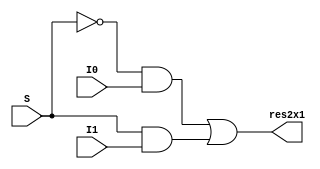
module _2x1mux(res2x1, I1, I0, S);
input I0,I1,S;
output res2x1;
wire w1,w2,w3;

not one(w1,S);
and two(w2,w1,I0);
and three(w3,S,I1);
or four(res2x1,w2,w3);

endmodule